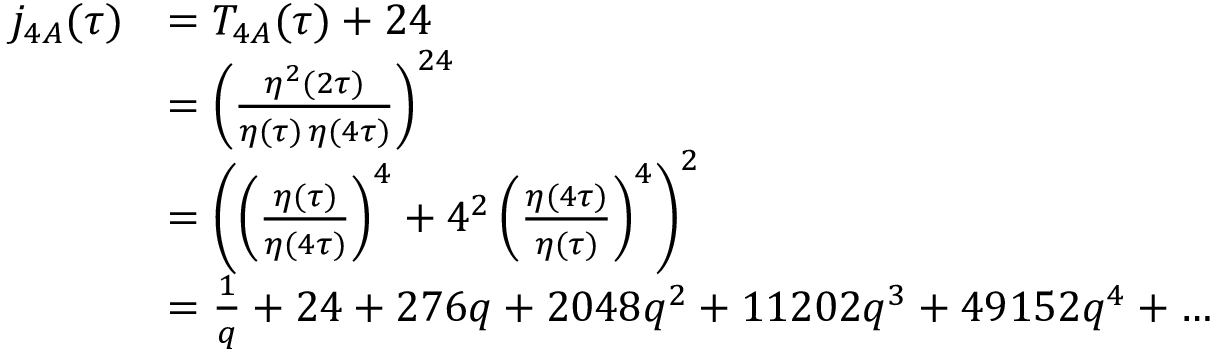
{ \begin{array} { r l } { j _ { 4 A } ( \tau ) } & { = T _ { 4 A } ( \tau ) + 2 4 } \\ & { = \left( { \frac { \eta ^ { 2 } ( 2 \tau ) } { \eta ( \tau ) \, \eta ( 4 \tau ) } } \right) ^ { 2 4 } } \\ & { = \left( \left( { \frac { \eta ( \tau ) } { \eta ( 4 \tau ) } } \right) ^ { 4 } + 4 ^ { 2 } \left( { \frac { \eta ( 4 \tau ) } { \eta ( \tau ) } } \right) ^ { 4 } \right) ^ { 2 } } \\ & { = { \frac { 1 } { q } } + 2 4 + 2 7 6 q + 2 0 4 8 q ^ { 2 } + 1 1 2 0 2 q ^ { 3 } + 4 9 1 5 2 q ^ { 4 } + \dots } \end{array} }